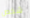
شخص